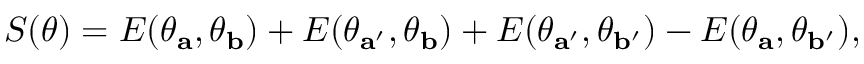
\begin{array} { r } { S ( \theta ) = E ( \theta _ { \mathbf { a } } , \theta _ { \mathbf { b } } ) + E ( \theta _ { \mathbf { a } ^ { \prime } } , \theta _ { \mathbf { b } } ) + E ( \theta _ { \mathbf { a } ^ { \prime } } , \theta _ { \mathbf { b } ^ { \prime } } ) - E ( \theta _ { \mathbf { a } } , \theta _ { \mathbf { b } ^ { \prime } } ) , } \end{array}